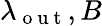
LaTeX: \lambda_{\mathrm{~o~u~t~}},B